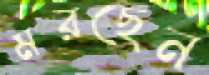
মরছেন